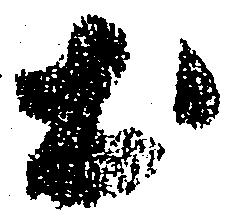
於